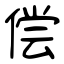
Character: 偿